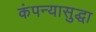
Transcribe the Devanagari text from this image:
कंपन्यासुद्धा